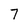
Character: 7